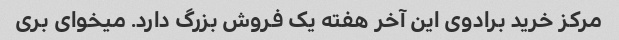
مرکز خرید برادوی این آخر هفته یک فروش بزرگ دارد. میخوای بری